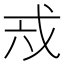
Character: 𢦥